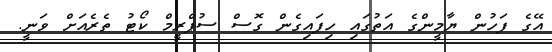
އޭގެ ފަހުން ޔާމީންގެ އަތުގައި ހިފައިގެން ގޮސް ސުޕްރީމް ކޯޓު ތެރެއަށް ވަނީ.